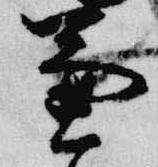
兼